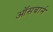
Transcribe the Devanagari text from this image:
ऑसबार्न